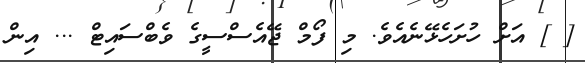
[ ] އަށް ހުށަހެޅޭނެއެވެ. މި ފޯމް ޖޭއެސްސީގެ ވެބްސައިޓް ... އިން